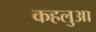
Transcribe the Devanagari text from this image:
कहलुआ